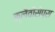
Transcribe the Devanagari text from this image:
क्लैवीसेप्स